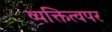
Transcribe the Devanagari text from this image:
व्यक्तित्वपर